Annual report of the Central Committee of the Association together with the report of the directors of the Pasteur Institute at Kasauli
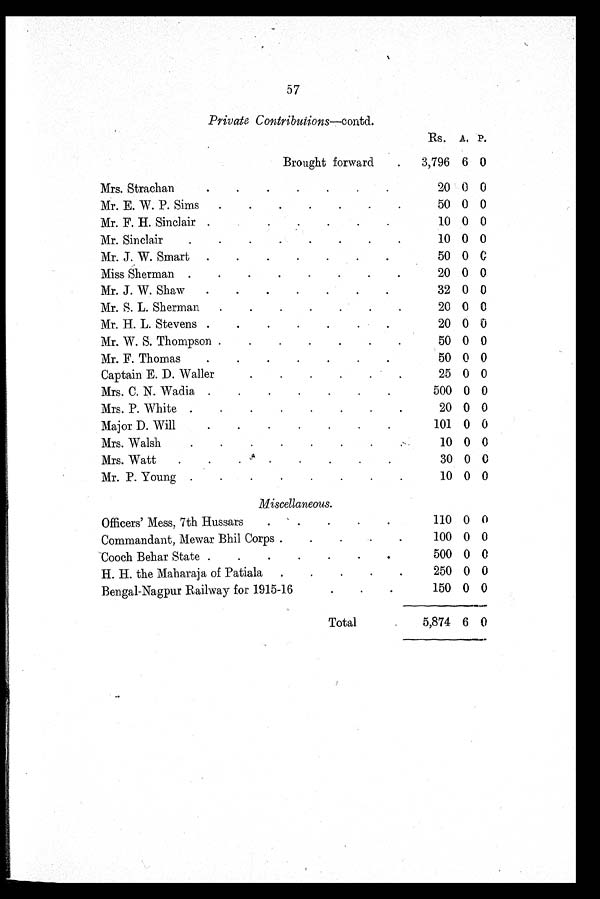
57
Private Contributions—contd.
Rs. A. P.
Brought forward
3,796 6 0
Mrs. Strachan
20 0 0
Mr. E. W. P. Sims
50 0 0
Mr. F. H. Sinclair
10 0 0
Mr. Sinclair
10 0 0
Mr. J. W. Smart
50 0 C
Miss Sherman
20 0 0
Mr. J. W. Shaw
32 0 0
Mr. S. L. Sherman
20 0 0
Mr. H. L. Stevens
20 0 0
Mr. W. S. Thompson
50 0 0
Mr. F. Thomas
50 0 0
Captain E. D. Waller
25 0 0
Mrs. C. N. Wadia
500 0 0
Mrs. P. White
20 0 0
Major D. Will
101 0 0
Mrs. Walsh
10 0 0
Mrs. Watt
30 0 0
Mr. P. Young
10 0 0
Miscellaneous.
Officers' Mess, 7th Hussars
110 0 0
Commandant, Mewar Bhil Corps
100 0 0
Cooch Behar State
500 0 0
H. H. the Maharaja of Patiala
250 0 0
Bengal-Nagpur Railway for 1915-16
150 0 0
Total
5,874 6 0